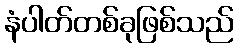
နံပါတ်တစ်ခုဖြစ်သည်